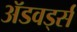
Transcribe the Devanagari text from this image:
ॲडवर्ड्स